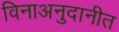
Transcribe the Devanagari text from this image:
विनाअनुदानीत